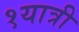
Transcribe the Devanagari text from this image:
१यात्री